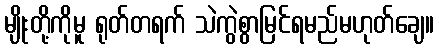
မျိုးတို့ကိုမူ ရုတ်တရက် သဲကွဲစွာမြင်ရမည်မဟုတ်ချေ။